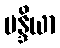
မန္ဒိယာ